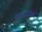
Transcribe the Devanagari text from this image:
ताऊसिग